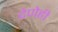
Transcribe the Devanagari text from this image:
देणेही